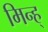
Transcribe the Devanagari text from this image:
मिन्ह्